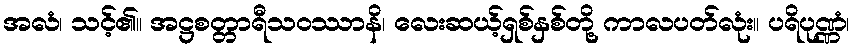
အလံ၊ သင့်၏။ အဋ္ဌစတ္တာရီသဝဿာနိ၊ လေးဆယ့်ရှစ်နှစ်တို့ ကာလပတ်လုံး။ ပရိပုဏ္ဏံ၊